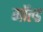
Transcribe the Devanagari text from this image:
गॉल्ड